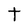
Character: t